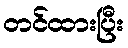
တင်ထားပြီး